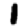
Digit: 1